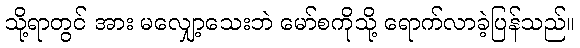
သို့ရာတွင် အား မလျှော့သေးဘဲ မော်စကိုသို့ ရောက်လာခဲ့ပြန်သည်။